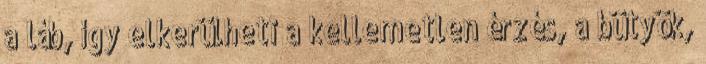
a láb, így elkerülheti a kellemetlen érzés, a bütyök,